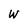
Character: W